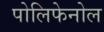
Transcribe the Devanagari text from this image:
पोलिफेनोल